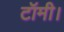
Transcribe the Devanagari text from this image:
टॉमी।